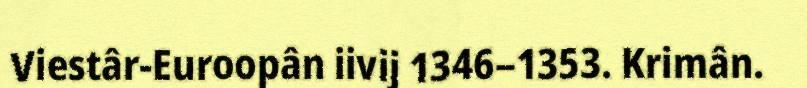
Viestâr-Euroopân iivij 1346–1353. Krimân.